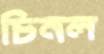
চিনল